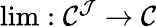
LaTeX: \operatorname*{lim}:{\mathcal{C}}^{\mathcal{J}}\to{\mathcal{C}}